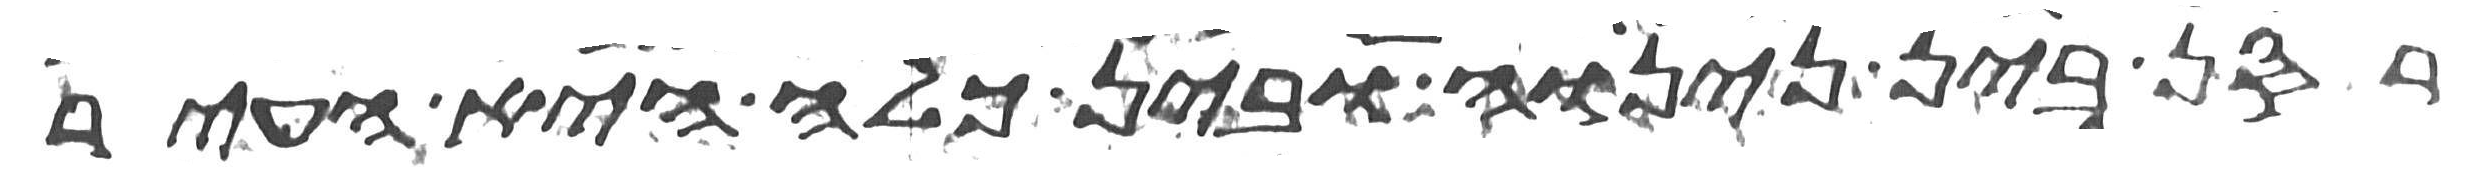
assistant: רסן בין נינוה ובין כלח היא העיר